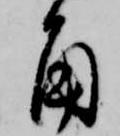
角